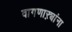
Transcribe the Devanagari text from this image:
वागणाऱ्यांना